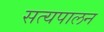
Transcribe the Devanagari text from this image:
सत्यपालन